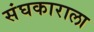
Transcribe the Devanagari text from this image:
संघकाराला